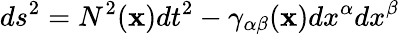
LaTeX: ds^{2}=N^{2}({\mathbf x})dt^{2}-\gamma_{\alpha\beta}({\mathbf x})dx^{\alpha}dx^{\beta}